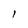
Character: l